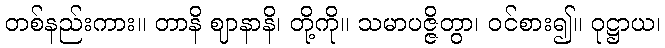
တစ်နည်းကား။ တာနိ ဈာနာနိ၊ တို့ကို။ သမာပဇ္ဇိတွာ၊ ဝင်စား၍။ ဝုဋ္ဌာယ၊